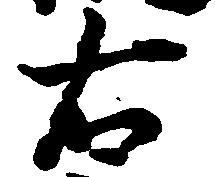
右